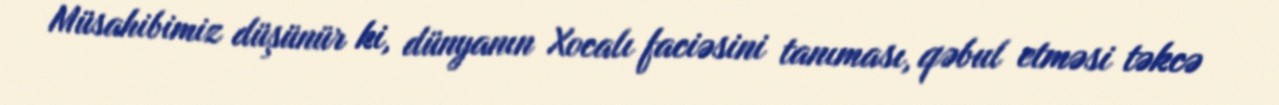
Müsahibimiz düşünür ki, dünyanın Xocalı faciəsini tanıması, qəbul etməsi təkcə